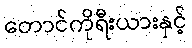
တောင်ကိုရီးယားနှင့်